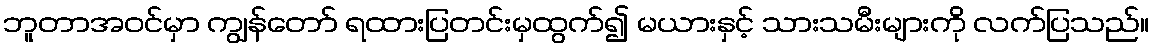
ဘူတာအဝင်မှာ ကျွန်တော် ရထားပြတင်းမှထွက်၍ မယားနှင့် သားသမီးများကို လက်ပြသည်။